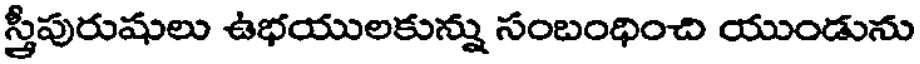
స్త్రీపురుషులు ఉభయులకున్ను సంబంధించి యుండును